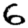
Digit: 6